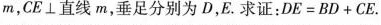
m，CE⊥直线m，垂足分别为D，E。求证：$$D E = B D + C E$$.